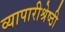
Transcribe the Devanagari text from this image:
व्यापारीश्रेष्ठी